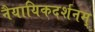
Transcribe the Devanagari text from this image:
नैयायिकदर्शनम्